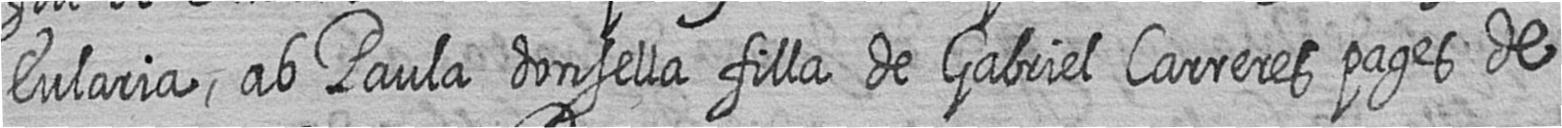
Eularia ab Paula donsella filla de Gabriel Carreres pages de